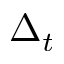
\Delta _ { t }